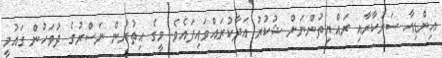
އިންޑިއާ ސަރުކާރާއި ރައްޔިތުންނަށް ޝުކުރު އަދާކުރައްވައިފައެވެ. މީގެ އިތުރުން ނަސްރުގެ ދުވަހުން ގައުމީ